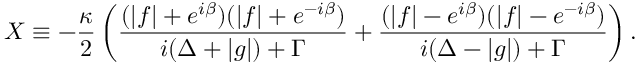
X \equiv - \frac { \kappa } { 2 } \left( \frac { ( | f | + e ^ { i \beta } ) ( | f | + e ^ { - i \beta } ) } { i ( \Delta + | g | ) + \Gamma } + \frac { ( | f | - e ^ { i \beta } ) ( | f | - e ^ { - i \beta } ) } { i ( \Delta - | g | ) + \Gamma } \right) .